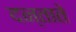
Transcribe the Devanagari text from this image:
दन्ताते